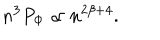
n ^ { 3 } P _ { \mathrm { \Phi } } \propto n ^ { 2 \beta + 4 } .